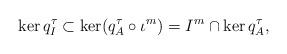
LaTeX: \begin{align*}\ker q^\tau_I\subset \ker (q^\tau_A\circ \iota^m)=I^m\cap \ker q^\tau_A,\end{align*}